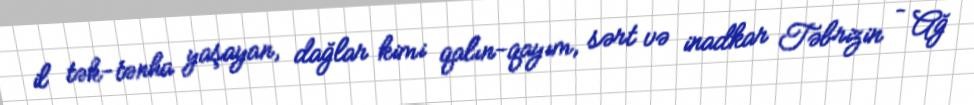
il tək-tənha yaşayan, dağlar kimi qalın-qayım, sərt və inadkar Təbrizin – Ağ